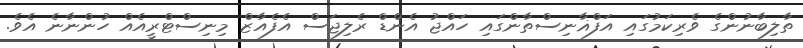
ތާލިބާނުންގެ ވެރިކަމުގައި އަފްޣާނިސްތާންގައި ހައްޖު އެންޑް ރެލިޖަސް އެފެއާޒް މިނިސްޓްރީއެއް ހުންނާނެ އެވެ.